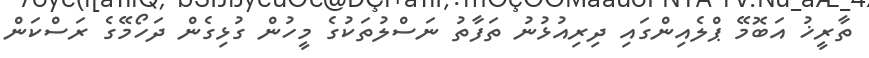
ތާރީޚު އަބޮމޭ ޕްލެއިންގައި ދިރިއުޅުނު ތަފާތު ނަސްލުތަކުގެ މީހުން ގުޅިގެން ދަހޯމޭގެ ރަސްކަން